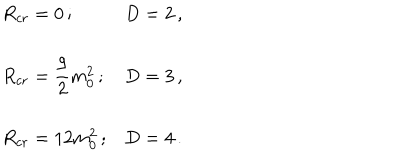
\begin{array} { l l } { { R _ { c r } = 0 \, ; } } & { { D = 2 \, , } } \\ { { \displaystyle R _ { c r } = \frac { 9 } { 2 } m _ { 0 } ^ { 2 } \, ; } } & { { D = 3 \, , } } \\ { { R _ { c r } = 1 2 m _ { 0 } ^ { 2 } \, ; } } & { { D = 4 \, . } } \\ \end{array}